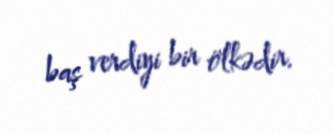
baş verdiyi bir ölkədir.